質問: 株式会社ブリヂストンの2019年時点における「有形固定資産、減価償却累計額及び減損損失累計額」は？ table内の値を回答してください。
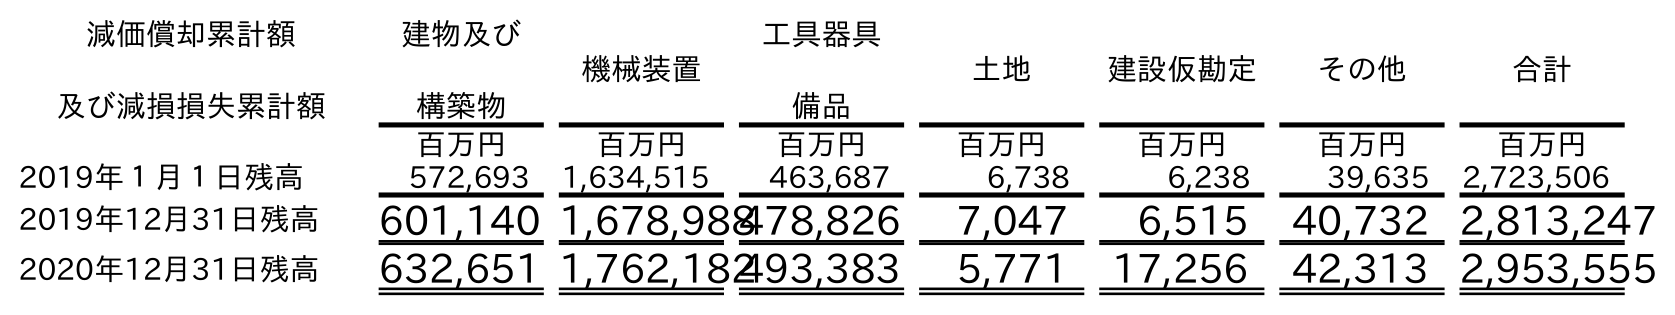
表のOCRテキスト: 減価償却累計額 及び減損損失累計額 建物及び 構築物 機械装置 工具器具 備品 土地 建設仮勘定 その他 合計 百万円 百万円 百万円 百万円 百万円 百万円 百万円 2019年１月１日残高 572,693 1,634,515 463,687 6,738 6,238 39,635 2,723,506 2019年12月31日残高 601,140 1,678,988478,826 7,047 6,515 40,732 2,813,247 2020年12月31日残高 632,651 1,762,182493,383 5,771 17,256 42,313 2,953,555
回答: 2,813,247